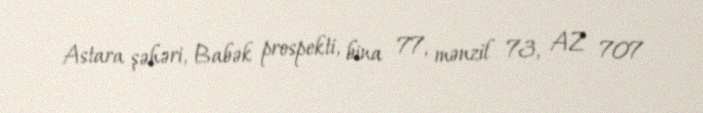
Astara şəhəri, Babək prospekti, bina 77, mənzil 73, AZ 707